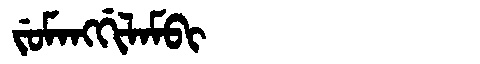
Manchu: ᠵᡠᠮᠠᠩᡤᡳᠯᠠᠮᠪᡳ
Romanization: JUMANGGILAMBI